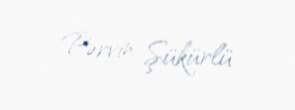
Pərvin Şükürlü